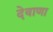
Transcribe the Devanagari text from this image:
देवाणा